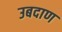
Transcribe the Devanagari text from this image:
उबदाण